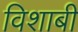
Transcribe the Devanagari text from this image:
विशाबी